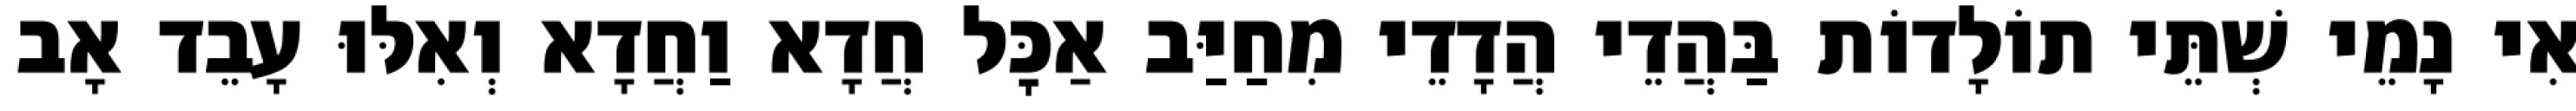
אִי נָמֵי שְׁתֵּי תוֹלָדוֹת בַּהֲדֵי הֲדָדֵי מִחַיַּב אַכׇּל חֲדָא וַחֲדָא וְאִלּוּ עָבֵד אָב